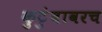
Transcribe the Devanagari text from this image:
कुटुंबावरच